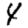
Digit: 4